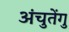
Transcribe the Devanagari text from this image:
अंचुतेंगु